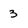
Character: 3